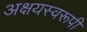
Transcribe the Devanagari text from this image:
अक्षयस्वरूपी